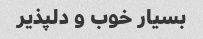
بسیار خوب و دلپذیر